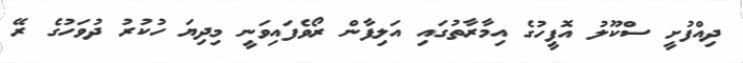
ދިއްފުށީ ސްކޫލު އޮފީހުގެ އިމާރާތުގައި އަލިފާން ރޯވެފައިވަނީ މިދިޔަ ހުކުރު ދުވަހުގެ ރޭ